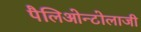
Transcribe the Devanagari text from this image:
पैलिओन्टोलाजी